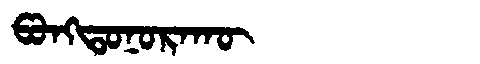
Manchu: ᡦᠣᠩᡨᠣᠨᠣᡵᠠᡴᡡ
Romanization: PONGTONORAKŪ